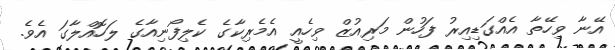
އޭނާ ވިހޭތާ އެއްގަޑިއިރު ފަހުން މަރިއުޒް ވިހެއީ އެމެރިކާގެ ކެލިފޯނިއާގެ ލަހޮއްލާގަ އެވެ.